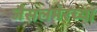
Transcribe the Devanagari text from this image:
जैसलमेरच्या